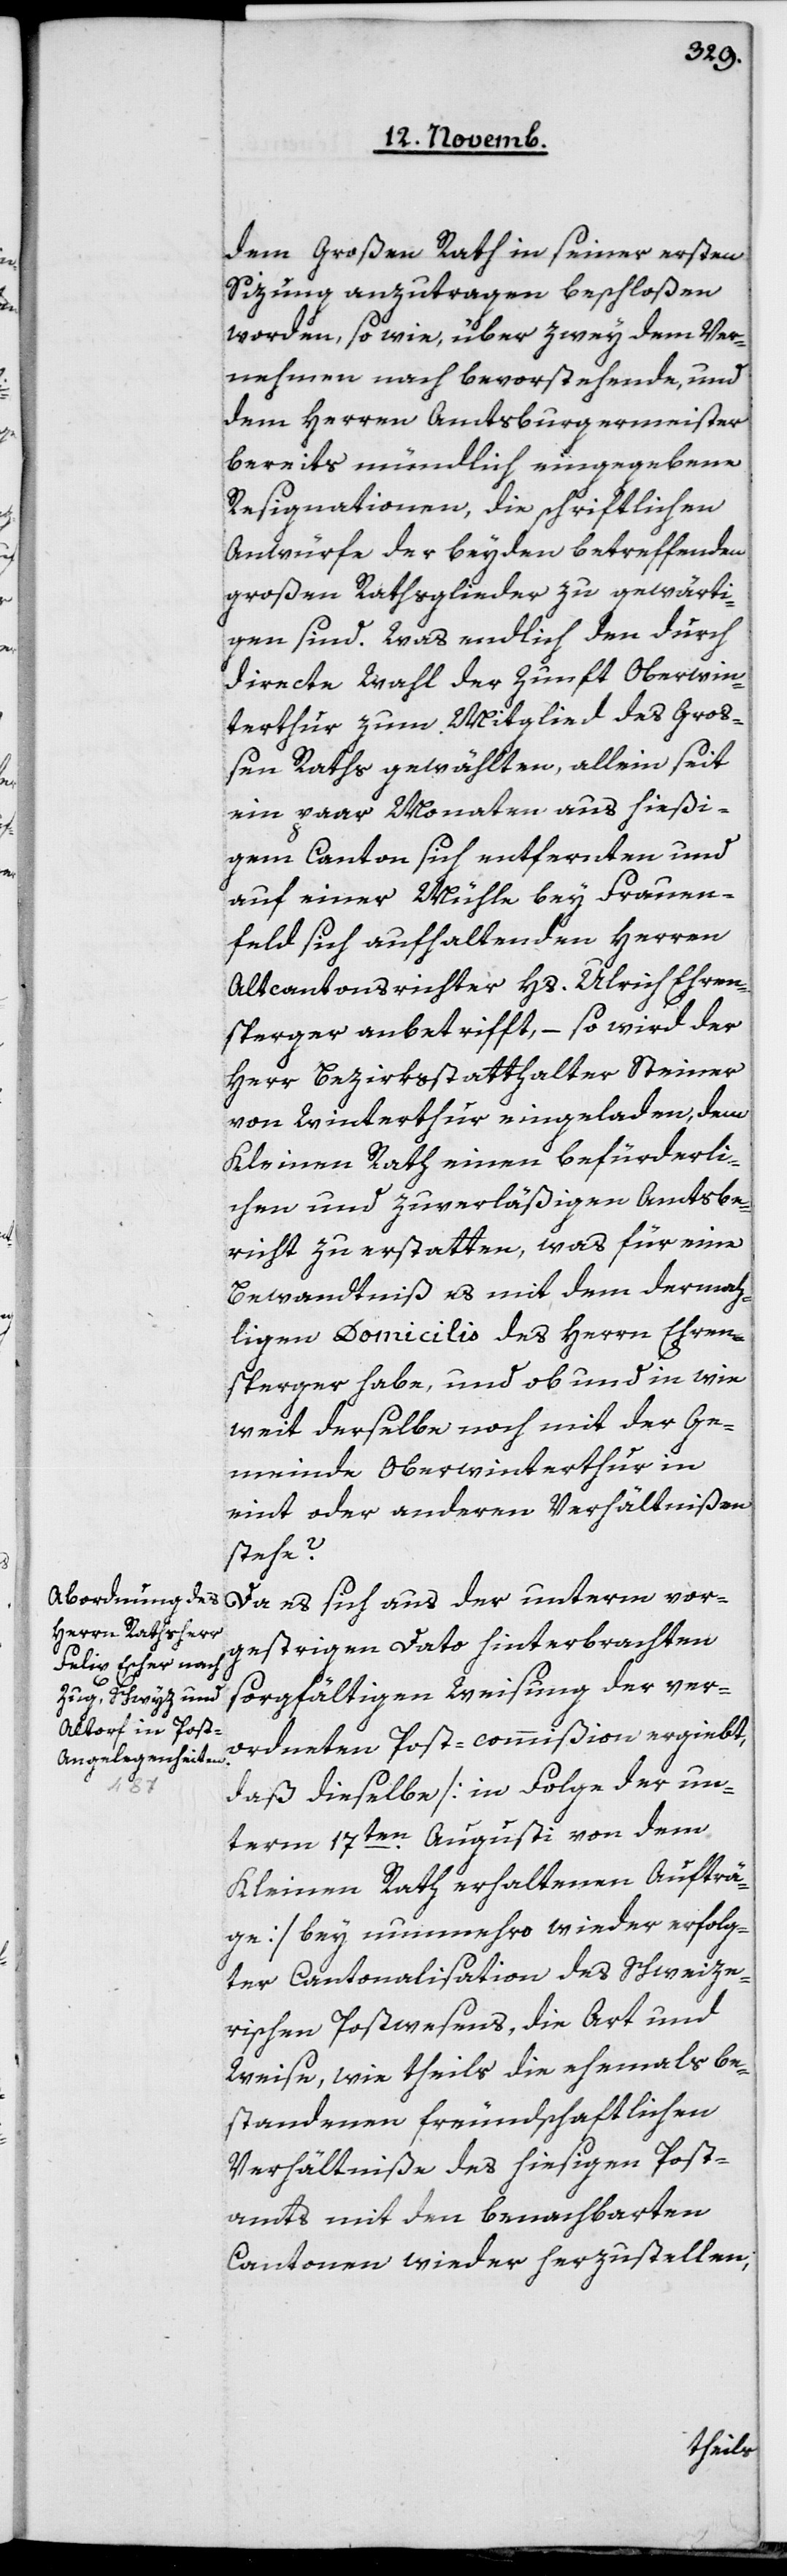
dem Großen Rath in seiner ersten
Sizung anzutragen beschloßen
worden, sowie, über zwey dem Ver¬
nehmen nach bevorstehende, und
dem Herren Amtsburgermeister
bereits mündlich eingegebene
Resignationen, die schriftlichen
Anwürfe der beyden betreffenden
großen Rathsglieder zu gewärti¬
gen sind. Was endlich den durch
directe Wahl der Zunft Oberwin¬
terthur zum Mitglied des Groß¬
en Raths gewählten, allein seit
ein paar Monaten aus hießi¬
gem Canton sich entfernten und
auf einer Mühle bey Frauen¬
feld sich aufhaltenden Herren
Altcantonsrichter Hs. Ulrich Ehren¬
sperger anbetrifft, – so wird der
Herr Bezirksstatthalter Steiner
von Winterthur eingeladen, dem
Kleinen Rath einen befürderli¬
chen und zuverläßigen Amtsbe¬
richt zu erstatten, was für eine
Bewandtniß es mit dem dermah¬
ligen Domicilis des Herrn Ehren¬
sperger habe, und ob und in wie¬
weit derselbe noch mit der Ge¬
meinde Oberwinterthur in
eint oder anderen Verhältnißen
stehe?
vorgestrigen Dato hinterbrachten
sorgfältigen Weisung der ver¬
ordneten Post-commißion ergiebt,
daß dieselbe [in Folge der un¬
term 17ten Augusti von dem
Kleinen Rath erhaltenen Aufträ¬
ge] bey nunmehro wieder erfolg¬
ter Cantonalisation des schweize¬
rischen Postwesens, die Art und
Weise, wie theils die ehemals be¬
standenen freundschaftlichen
Verhältniße des hiesigen Post¬
amts mit den benachbarten
Cantonen wieder herzustellen,